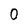
Character: 0